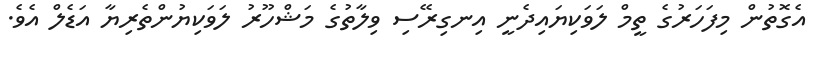
އެގޮތުން މިފަހަރުގެ ތީމް ލަވަކިޔައިދެނީ އިނގިރޭސި ވިލާތުގެ މަޝްހޫރު ލަވަކިޔުންތެރިޔާ އަޑެލް އެވެ.